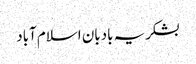
بشکریہ بادبان اسلام آباد